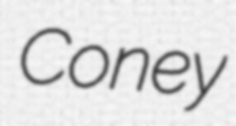
Coney